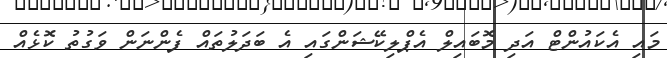
މައި އެކައުންޓް އަދި މޮބައިލް އެޕްލިކޭޝަންގައި އެ ބަދަލުތައް ފެންނަން ވަގުތު ކޮޅެއް